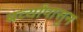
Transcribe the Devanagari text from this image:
बर्व्यांपासून